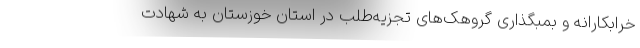
خرابکارانه و بمبگذاری گروهک‌های تجزیه‌طلب در استان خوزستان به شهادت